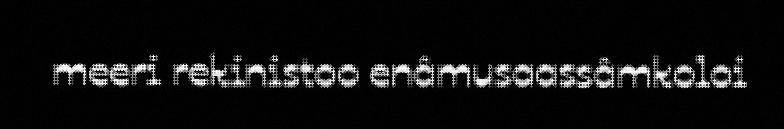
meeri rekinistoo enâmusaassâmkoloi